King Institute of Preventive Medicine Bacteriolog. Section reports 1907-08
Year: 1907
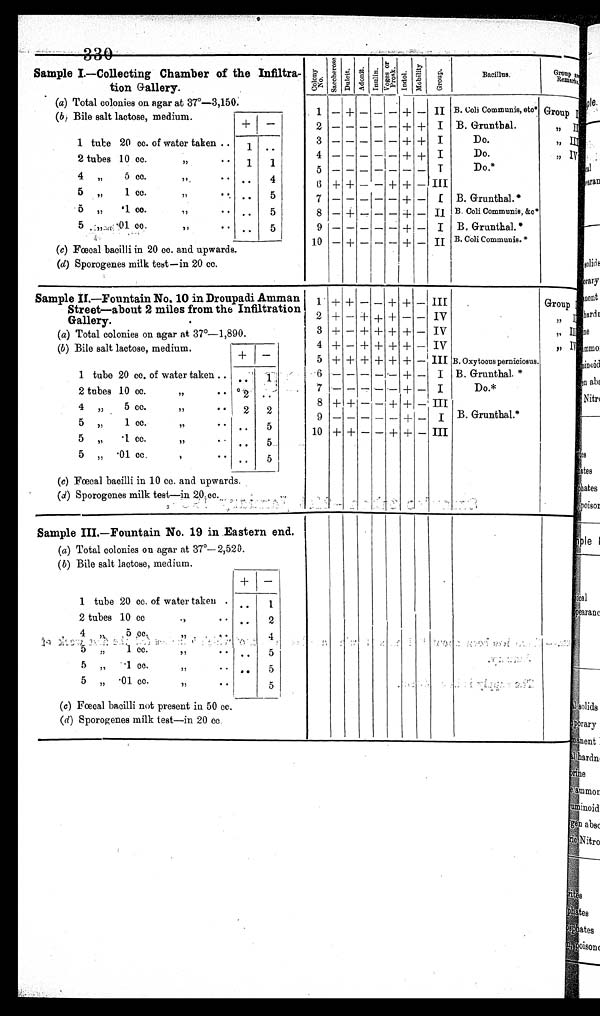
Sample I.—Collecting Chamber of the Infiltra
tion Gallery.
C o l o n y N o . S a c c h e r o s e .
Dulcit. Adoni t. Inul i n.
V o g e s o r P r o s k .
I n d o l .
Mobi l i t y.
G r o u p .
Bacillus.
Group a
Remarks.
(a) Total colonies on agar at 37°—3,150:
1 –
+ – – –
+ –
II B. Coli Communis, etc* Group I
( b) Bile salt lactose, medium.
2 – – – – –
+ +
I
B. Grunthal.
,, II
+
–
1 tube 20 cc. of water taken ..
1
. .
3 – – – – –
+ +
I
Do.
, , I I I
4 – – – – –
+ + I
Do .
,, IV
2 tubes 10 cc.
,,
. .
. .
1
1
5 – – – – –
– –
I
Do.*
4 ,,
5 cc.
,,
. . . .
. .
4
6
+ + – –
+
+ –
III
5
1 cc.
,,
. .
. . .
. .
5
7
– – – – – + –
I
B. Grunthal.*
5 „
·1 cc.
,,
. .
. .
5
8 – + – – – + –
I I B. Coli Communis, &c*
5 ,,
· 0 1 c c .
,,
. .
. .
5
9 – – – – –
+
–
I
B. Grunthal.*
(c) Fœcal bacilli in 20 cc. and upwards.
10 – + – – – + –
I I B. Coli Communis.*
(d) Sporogenes milk test–in 20 cc.
Sample II.—Fountain No. 10 in Droupadi Amman
Street—about 2 miles from the Infiltration
Gallery.
1 + +
– – + + –
III
Group I
2 +
– + + +
– –
IV
,, II
3 +
– + + + +
–
IV
,, III
( a) Total colonies on agar at 37°–1,890.
4 +
–
+ + + + –
IV
, , I V
(b ) Bile salt lactose, medium.
+
–
5 + + + + + + –
III B. Oxytocus perniciosus.
1 tube 20 cc. of water taken .
. .
1
6 – – – – –
+ –
I
B. Grunthal. *
2 tubes 10 cc.
, ,
2
..
7 –
– – – –
+ –
I
Do.*
8 + +
– – +
+ –
III
4 ,,
5 cc.
,,
. .
2
2
9 –
– – – –
+ –
I
B. Grunthal.*
5 „
1 cc.
,,
. .
. .
. .
5
10 + + – – + + –
III
5 ,,
·1 cc.
,,
. .
. .
..
5
5 „
.01 cc.
,
. .
. .
..
5
(c) Fœcal bacilli in 10 cc. and upwards.
(d) Sporogenes milk test—in 20 cc.
Sample III.—Fountain No. 19 in Eastern end.
(a) Total colonies on agar at 37º—2,520.
( b ) Bile salt lactose, medium.
+
–
1 tube 20 cc. of water taken
. . ..
1
2 tubes 10 cc
"
. .
. . ..
2
4 „
5 cc.
" .. ..
..
4
5 ,,
1 c c
,,
. .
. .
. .
5
5 ,,
· 1 c c
,,
.. . .
. . 5
5 „
·01 cc.
,,
. .
. .
5
(c) Fœcal bacilli not present in 50 cc.
(d) Sporogenes milk test–in 20 cc.